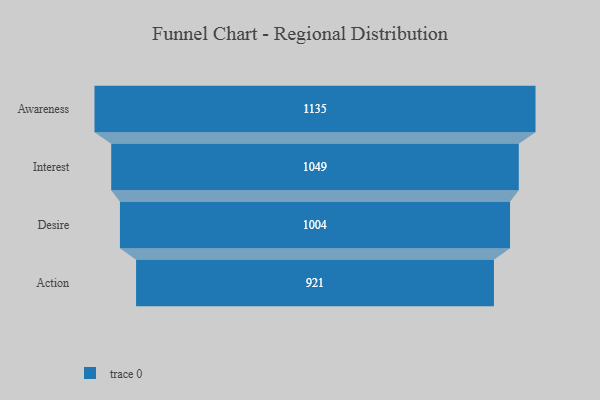
{"axis": {"x": "Stage", "y": "Value"}, "legend": [""], "data": [{"x": "Awareness", "y": 1135.0, "type": ""}, {"x": "Interest", "y": 1049.0, "type": ""}, {"x": "Desire", "y": 1004.0, "type": ""}, {"x": "Action", "y": 921.0, "type": ""}]}